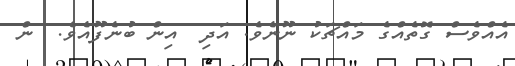
އެއްވެސް ގޮތެއްގެ މައްޗަކު ނޫނެވެ. އަދި  އިން ބުނެފޫއެވެ.  ން